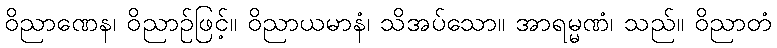
ဝိညာဏေန၊ ဝိညာဉ်ဖြင့်။ ဝိညာယမာနံ၊ သိအပ်သော။ အာရမ္မဏံ၊ သည်။ ဝိညာတံ